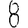
Digit: 8